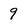
Character: 9